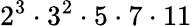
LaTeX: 2^{3}\cdot 3^{2}\cdot 5\cdot 7\cdot 11